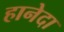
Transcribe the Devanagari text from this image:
हानेदा